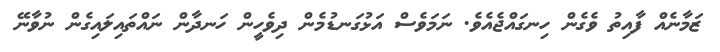
ޒަމާނެއް ފާއިތު ވެގެން ހިނގައްޖެއެވެ. ނަމަވެސް އަޅުގަނޑުމެން ދިވެހީން ހަނދާން ނައްތައިލައިގެން ނުވާނޭ